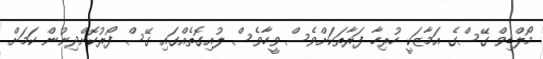
މޯލްޑިވް ގޭސްގެ އަމާޒަކީ ހުރިހާ ފަރާތަކަށްވެސް ވީހާވެސް ލުއިގޮތެއްގައި ގޭސް ފޯރުކޮށްދިނުން ކަމަށް